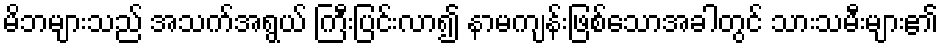
မိဘများသည် အသက်အရွယ် ကြီးပြင်းလာ၍ နာမကျန်းဖြစ်သောအခါတွင် သားသမီးများ၏